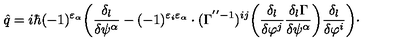
\hat { q } = i \hbar ( - 1 ) ^ { \varepsilon _ { \alpha } } \bigg ( \frac { \delta _ { l } } { \delta \psi ^ { \alpha } } - ( - 1 ) ^ { \varepsilon _ { i } \varepsilon _ { \alpha } } \cdot ( \Gamma ^ { ' ^ { \prime } - 1 } ) ^ { i j } \bigg ( \frac { \delta _ { l } } { \delta \varphi ^ { j } } \frac { \delta _ { l } \Gamma } { \delta \psi ^ { \alpha } } \bigg ) \frac { \delta _ { l } } { \delta \varphi ^ { i } } \bigg ) \cdot